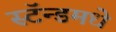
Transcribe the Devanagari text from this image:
स्टॅन्डमधे